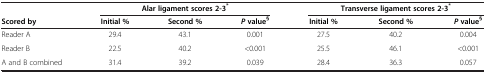
<table><thead><tr><td><b> </b></td><td colspan="3"><b>Alar ligament scores 2-3<sup>*</sup></b></td><td colspan="3"><b>Transverse ligament scores 2-3<sup>*</sup></b></td></tr><tr><td><b>Scored by</b></td><td><b>Initial %</b></td><td><b>Second %</b></td><td><b><i>P </i>value<sup>§</sup></b></td><td><b>Initial %</b></td><td><b>Second %</b></td><td><b><i>P </i>value<sup>§</sup></b></td></tr></thead><tbody><tr><td>Reader A</td><td>29.4</td><td>43.1</td><td>0.001</td><td>27.5</td><td>40.2</td><td>0.004</td></tr><tr><td>Reader B</td><td>22.5</td><td>40.2</td><td>&lt;0.001</td><td>25.5</td><td>46.1</td><td>&lt;0.001</td></tr><tr><td>A and B combined</td><td>31.4</td><td>39.2</td><td>0.039</td><td>28.4</td><td>36.3</td><td>0.057</td></tr></tbody></table>